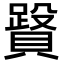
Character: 𧷥